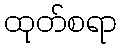
ထုတ်စရာ